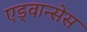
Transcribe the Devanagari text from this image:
एड्वान्सेस